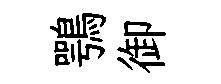
鶚御